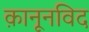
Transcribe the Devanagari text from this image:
क़ानूनविद